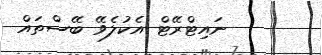
ނައިޓްރޭޓް އެކުލެވޭ ބޭސްތައް